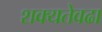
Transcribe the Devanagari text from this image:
शक्यतेवढा